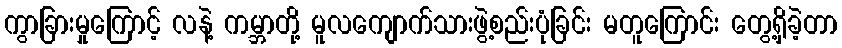
ကွာခြားမှုကြောင့် လနဲ့ ကမ္ဘာတို့ မူလကျောက်သားဖွဲ့စည်းပုံခြင်း မတူကြောင်း တွေ့ရှိခဲ့တာ